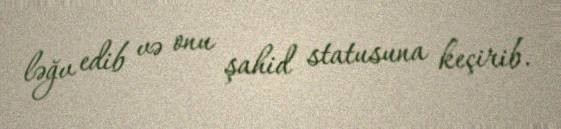
ləğv edib və onu şahid statusuna keçirib.